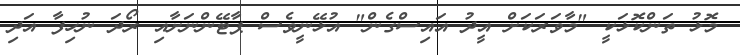
މޮޅު ތަންކޮޅަކީ "މާވަރަކަށް އީދު އައިސްގެން" އުޅޭނީވެސް ޕާޓޭންނަށާއި ރޯދަ ނުހިފާ އަދި